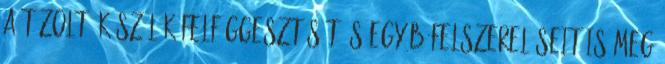
a tûzoltó készülék felfüggesztését és egyéb felszereléseit is meg